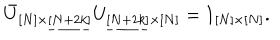
LaTeX: \bar { U } _ { [ N ] \times \underline { { { [ N + 2 k ] } } } } U _ { \underline { { { [ N + 2 k ] } } } \times [ N ] } = 1 _ { [ N ] \times [ N ] } .